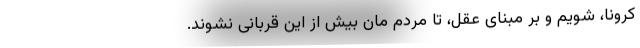
کرونا، شویم و بر مبنای عقل، تا مردم مان بیش از این قربانی نشوند.